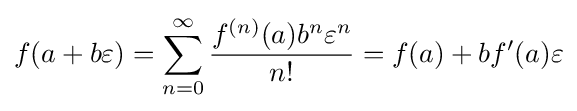
f(a+b\varepsilon )=\sum _{n=0}^{\infty }{\frac {f^{(n)}(a)b^{n}\varepsilon ^{n}}{n!}}=f(a)+bf'(a)\varepsilon